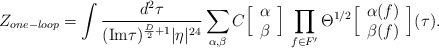
\begin{align*}Z_{one-loop} = \int { d^2 \tau \over (\hbox{Im} \tau)^{ {D\over 2 } + 1 } |\eta|^{24} }\sum_{\alpha , \beta} C\Big[ \begin{array}{c}\alpha \cr \beta\end{array} \Big]\, \prod_{f \in F'} \Theta^{1/2} \Big[\begin{array}{c}\alpha(f)\cr \beta(f)\end{array} \Big](\tau). \end{align*}